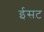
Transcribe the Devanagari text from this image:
ईसट